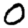
Digit: 0